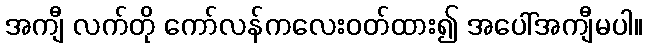
အကျီ လက်တို ကော်လန်ကလေးဝတ်ထား၍ အပေါ်အကျီမပါ။